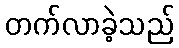
တက်လာခဲ့သည်